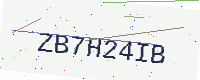
Text: ZB7H24IB